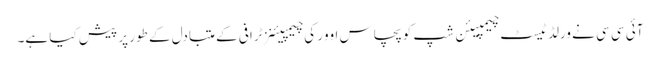
آئی سی سی نے ورلڈ ٹیسٹ چیمپیئن شپ کو پچاس اوور کی چیمپیئنز ٹرافی کے متبادل کے طور پر پیش کیا ہے۔